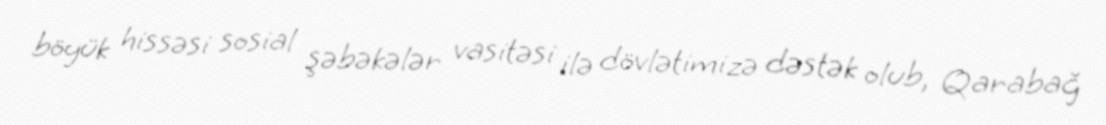
böyük hissəsi sosial şəbəkələr vasitəsi ilə dövlətimizə dəstək olub, Qarabağ